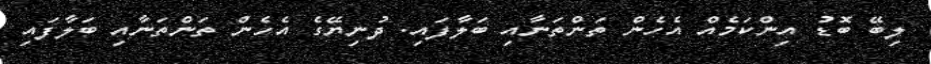
ލިބޭ ބޮޑު އިންކަމެއް އެހެން ތަންތަނާއި ބަލާފައި. ދުނިޔޭގެ އެހެން ތަންތަނާއި ބަލާފައި